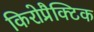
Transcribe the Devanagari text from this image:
किरोप्रैक्टिक